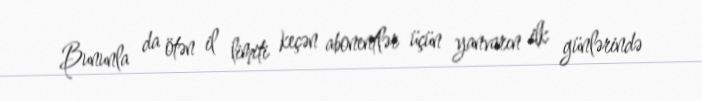
Bununla da ötən il limiti keçən abonentlər üçün yanvarın ilk günlərində